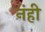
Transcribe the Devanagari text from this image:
नंही